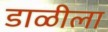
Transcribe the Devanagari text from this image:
डाळीला